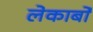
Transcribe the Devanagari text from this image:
लेकार्बों